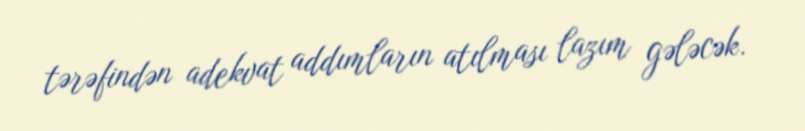
tərəfindən adekvat addımların atılması lazım gələcək.